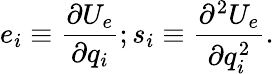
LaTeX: e_{i}\equiv\frac{\partial U_{e}}{\partial q_{i}};s_{i}\equiv\frac{\partial^{2}U_{e}}{\partial q_{i}^{2}}.